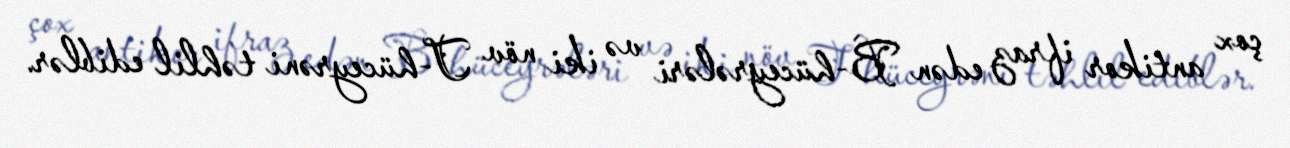
çox antikor ifraz edən B-hüceyrələri və iki növ T-hüceyrəni təhlil ediblər.